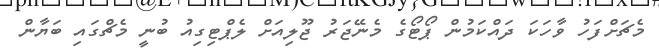
މެޗަށްފަހު ވާހަކަ ދައްކަމުން ޕޯޓޯގެ މެނޭޖަރު ޖޫލިއަށް ލެޕްޓިގިއު ބުނީ މެޗްގައި ބަޔާން